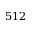
5 1 2